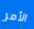
الأمر